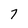
Character: 7